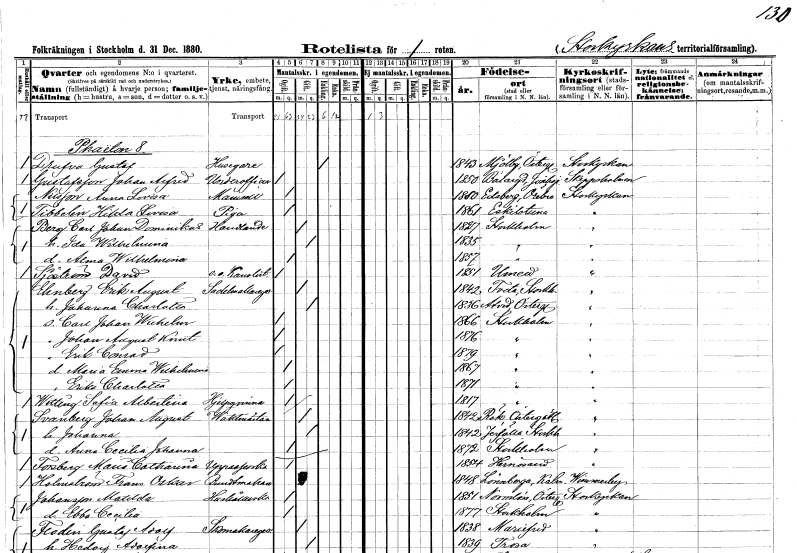
gt_parse: households: individuals: FN: Gustaf
EN: Drufva
YRKE: Husägare
KON: M
CIV: E
FODAR: 1843
FODFORS: Mjölby Östergötlands län
FN: Johan Alfred
EN: Gustafsson
YRKE: Underofficer
KON: M
CIV: O
FODAR: 1850
FODFORS: Bälaryd Jönköpings län
FN: Anna Lovisa
EN: Nilsson
KON: K
CIV: O
FODAR: 1850
FODFORS: Edsberg Örebro län
FN: Hilda Lovisa
EN: Tibbelin
YRKE: Piga
KON: K
CIV: O
FODAR: 1861
FODFORS: Eskilstuna Södermanlands län
FN: Carl Johan Dominikus
EN: Berg
YRKE: Handlande
KON: M
CIV: G
FODAR: 1827
FODFORS: Stockholm
FN: Ida Wilhelmina
KON: K
CIV: G
FODAR: 1835
FODFORS: Stockholm
FN: Anna Wilhelmina
KON: K
CIV: O
FODAR: 1857
FODFORS: Stockholm
FN: David
EN: Sjöström
YRKE: Kanslist e. o.
KON: M
CIV: O
FODAR: 1851
FODFORS: Umeå Västerbottens län
FN: Erik August
EN: Ehnberg
YRKE: Sadelmakaregesäll
KON: M
CIV: G
FODAR: 1842
FODFORS: Tveta Stockholms län
FN: Johanna Charlotta
KON: K
CIV: G
FODAR: 1836
FODFORS: Åtvid Östergötlands län
FN: Carl Johan Wilhelm
KON: M
CIV: O
FODAR: 1866
FODFORS: Stockholm
FN: Johan August Knut
KON: M
CIV: O
FODAR: 1876
FODFORS: Stockholm
FN: Erik Conrad
KON: M
CIV: O
FODAR: 1879
FODFORS: Stockholm
FN: Maria Emma Wilhelmina
KON: K
CIV: O
FODAR: 1867
FODFORS: Stockholm
FN: Erika Charlotta
KON: K
CIV: O
FODAR: 1871
FODFORS: Stockholm
FN: Sofia Albertina
EN: Wittling
YRKE: Hjälpkvinna
KON: K
CIV: O
FODAR: 1817
FODFORS: Stockholm
FN: Johan August
EN: Svanberg
YRKE: Vaktmästare
KON: M
CIV: G
FODAR: 1842
FODFORS: Rök Östergötlands län
FN: Johanna
KON: K
CIV: G
FODAR: 1842
FODFORS: Järfälla Stockholms län
FN: Anna Cecilia Johanna
KON: K
CIV: O
FODAR: 1872
FODFORS: Stockholm
FN: Maria Catharina
EN: Forsberg
YRKE: Uppasserska
KON: K
CIV: O
FODAR: 1854
FODFORS: Härnösand Västernorrlands län
FN: Frans Oskar
EN: Holmström
YRKE: Buntmakare
KON: M
CIV: G
FODAR: 1848
FODFORS: Lönneberga Kalmar län
FN: Matilda
EN: Johansson
YRKE: Hushållerska
KON: K
CIV: O
FODAR: 1851
FODFORS: Normlösa Östergötlands län
FN: Ebba Cecilia
KON: K
CIV: O
FODAR: 1877
FODFORS: Stockholm